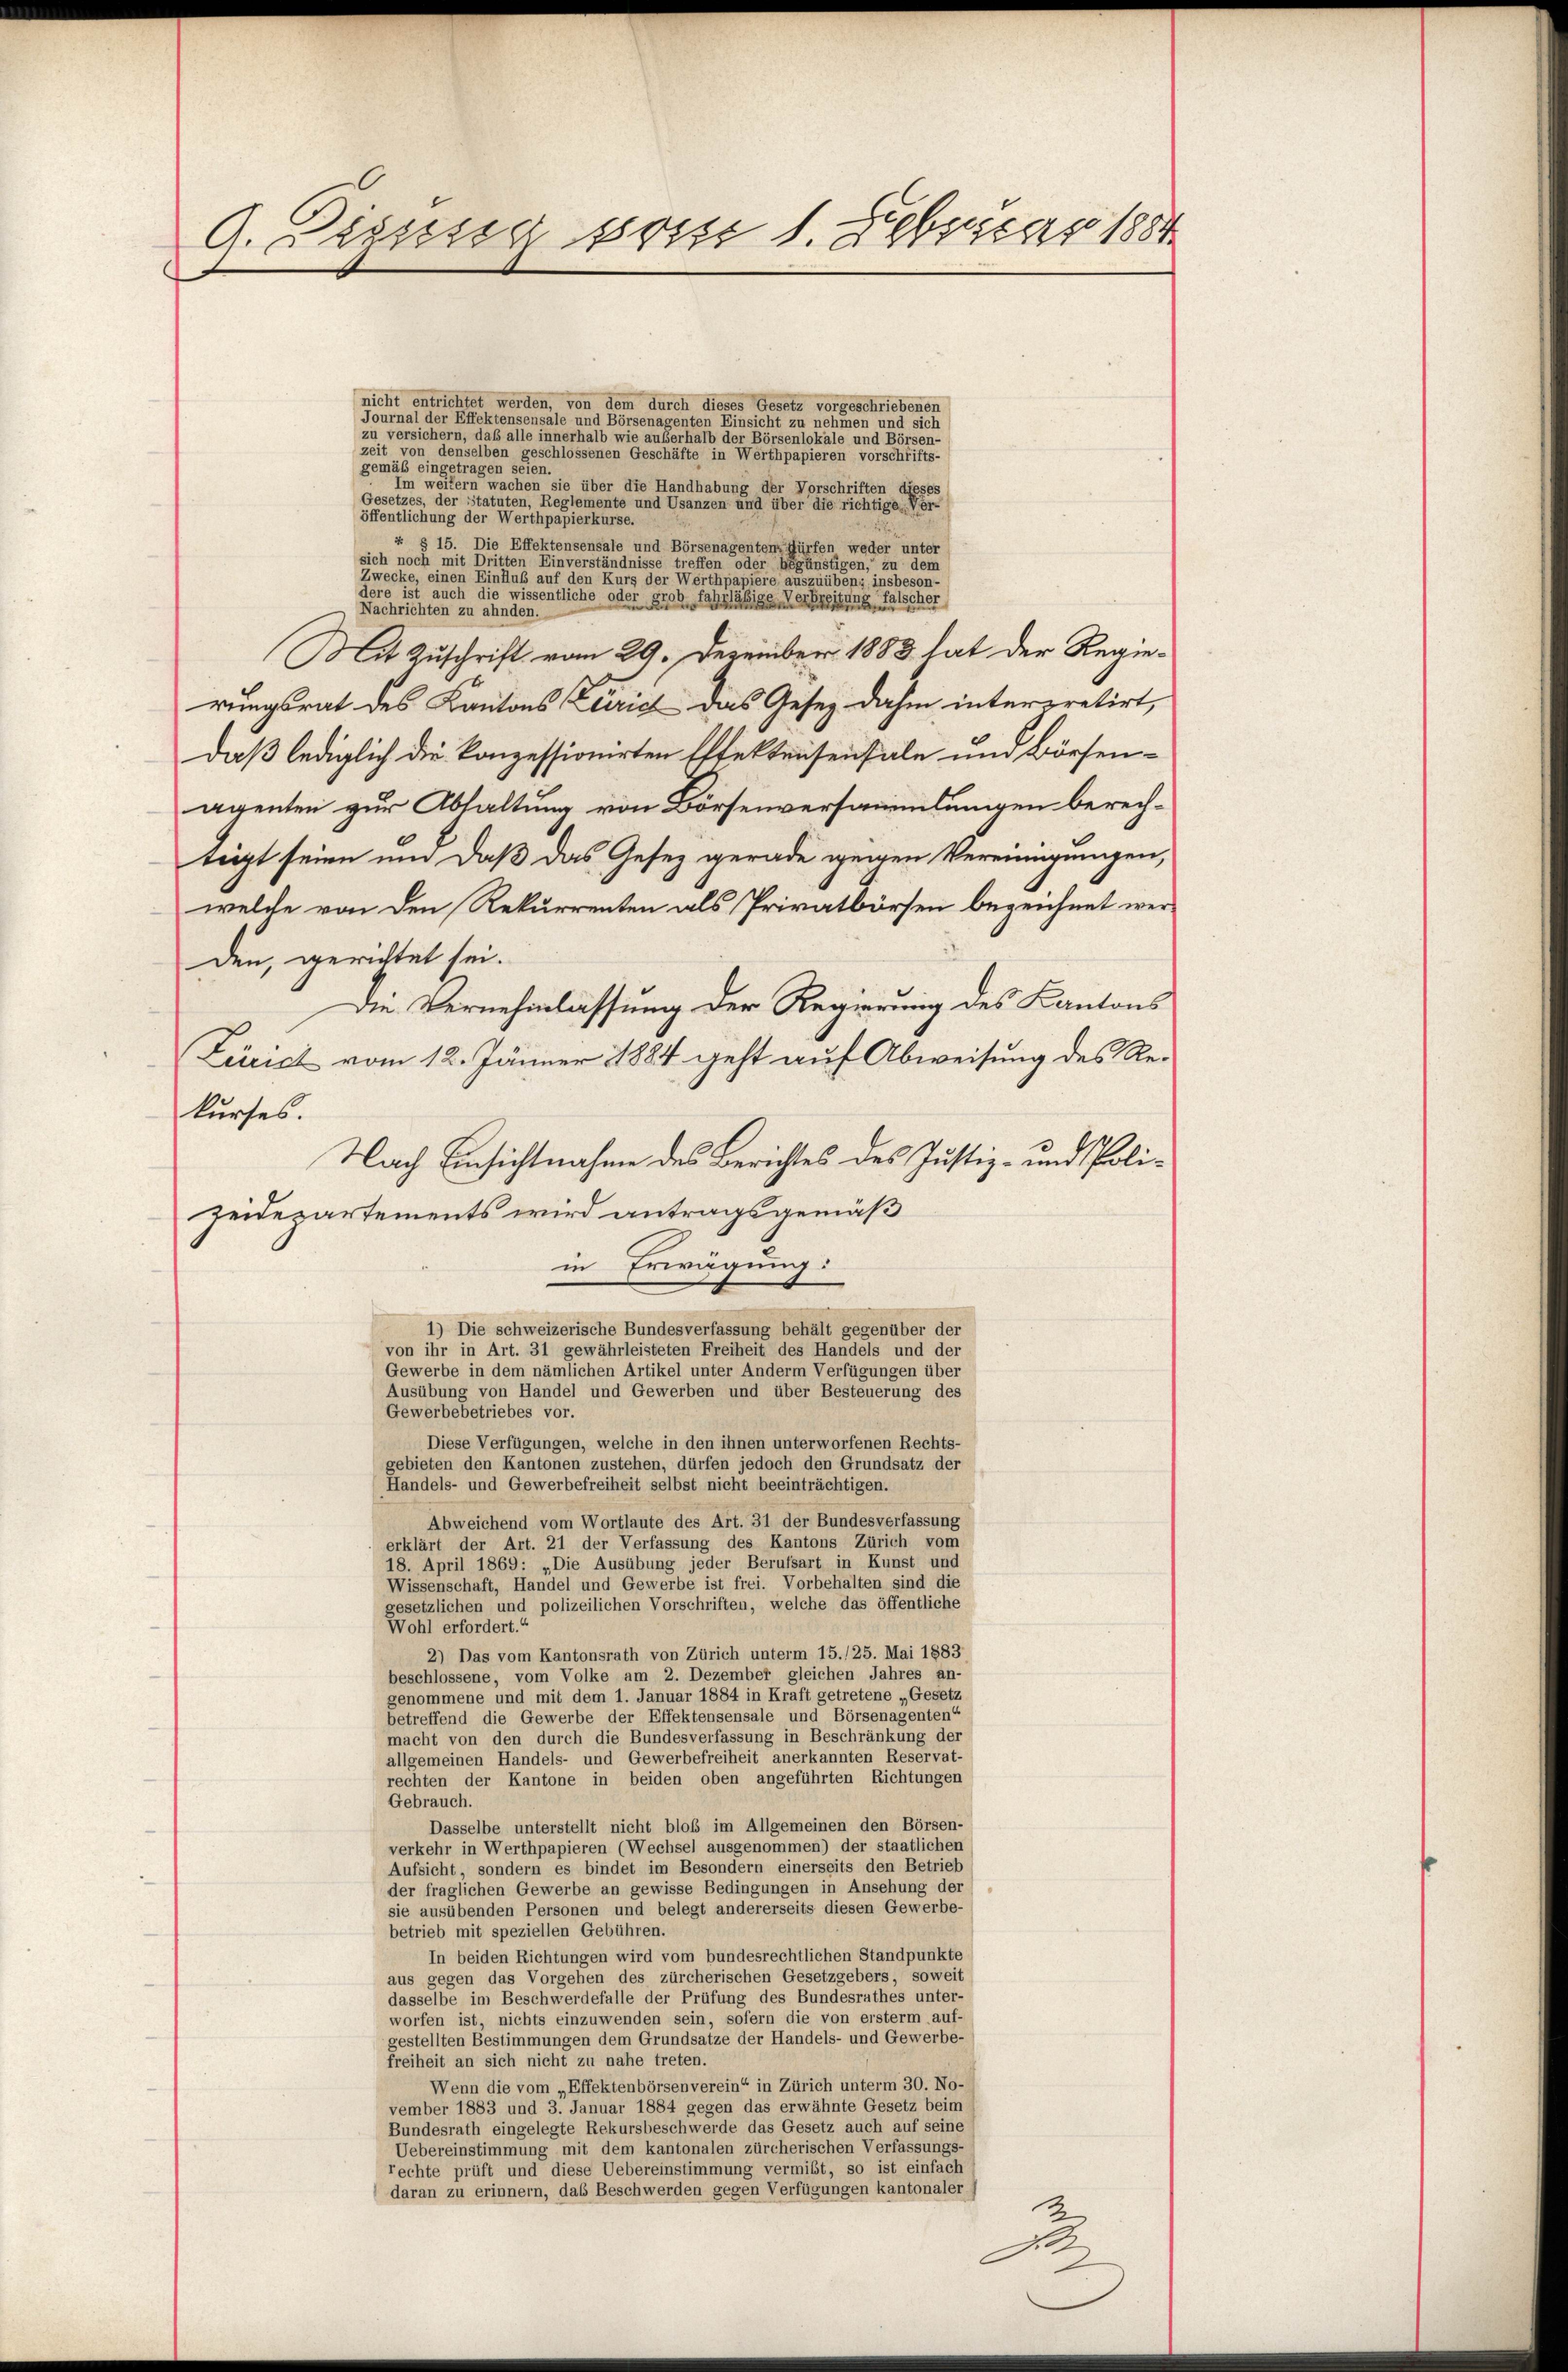
A. Diesser son 1. Februar 1884

nicht entrichtet werden, von dem durch dieses Gesetz vorgeschriebenen
Journal der Effektensensale und Börsenagenten Einsicht zu nehmen und sich
u versichern, daß alle innerhalb wie außerhalb der Börsenlokale und Börsen-
zeit von denselben geschlossenen Geschäfte in Werthpapieren vorschrifts-
gemäß eingetragen seien.
Im weitern wachen sie über die Handhabung der Vorschriften diese
Gesetzes, der Statuten, Reglemente und Usanzen und über die richtige, Ver-
öffentlichung der Werthpapierkurse.
4 § 15. Die Effektensensale und Börsenagentenzfürfen weder unter
sich noch mit Dritten Einverständnisse treffen oder begünstigen, zu dem
Zwecke, einen Einfluß auf den Kurs der Werthpapiere auszuüben; insbeson-
dere ist auch die wissentliche oder grob fahrläßige Verbreitung falscher
Nachrichten zu ahnden.
Mit Zuschrift vom 29. Dezember 1883 hat der Regierungsrat des Kantons Zürich das Geser dahin interpretirt,
daß lediglich die konzettionirten Effektensensale und Börsenarenten zur Abhaltung von Börsenversammlungen berechtiert seinen und daß das Geser gerade wegen Vereinigungen,
welche von den Rekurrenten als Privatbörten bezeichnet werden gerichtet sei.
Die Vernehmlassung der Regierung des Kantons
Zürich vom 12. Jänner 1884 geht auf Abweisung des Rekurses.
Nach Einsichtnahme des Berichtes des Justiz- und Polizeidepartements wird antragsgemäß
in Erwägung:
1) Die schweizerische Bundesverfassung behält gegenüber der
von ihr in Art. 31 gewährleisteten Freiheit des Handels und der
Gewerbe in dem nämlichen Artikel unter Anderm Verfügungen über
Ausübung von Handel und Gewerben und über Besteuerung des
Gewerbebetriebes vor.
Diese Verfügungen, welche in den ihnen unterworfenen Rechts-
gebieten den Kantonen zustehen, dürfen jedoch den Grundsatz der
Handels- und Gewerbefreiheit selbst nicht beeinträchtigen.
Abweichend vom Wortlaute des Art. 31 der Bundesverfassung
erklärt der Art. 21 der Verfassung des Kantons Zürich vom
18. April 1869: „Die Ausübung jeder Berufsart in Kunst und
Wissenschaft, Handel und Gewerbe ist frei. Vorbehalten sind die
gesetzlichen und polizeilichen Vorschriften, welche das öffentliche
Wohl erfordert.“
2) Das vom Kantonsrath von Zürich unterm 15./25. Mai 1883
beschlossene, vom Volke am 2. Dezember gleichen Jahres an-
genommene und mit dem 1. Januar 1884 in Kraft getretene „Gesetz
betreffend die Gewerbe der Effektensensale und Börsenagenten“
macht von den durch die Bundesverfassung in Beschränkung der
allgemeinen Handels- und Gewerbefreiheit anerkannten Reservat-
rechten der Kantone in beiden oben angeführten Richtungen
Gebrauch.
Dasselbe unterstellt nicht bloß im Allgemeinen den Börsen-
verkehr in Werthpapieren (Wechsel ausgenommen) der staatlichen
Aufsicht, sondern es bindet im Besondern einerseits den Betrieb
der fraglichen Gewerbe an gewisse Bedingungen in Ansehung der
sie ausübenden Personen und belegt andererseits diesen Gewerbe-
betrieb mit speziellen Gebühren.
In beiden Richtungen wird vom bundesrechtlichen Standpunkte
aus gegen das Vorgehen des zürcherischen Gesetzgebers, soweit
dasselbe im Beschwerdefalle der Prüfung des Bundesrathes unter-
worfen ist, nichts einzuwenden sein, sofern die von ersterm auf-
gestellten Bestimmungen dem Grundsätze der Handels- und Gewerbe-
freiheit an sich nicht zu nahe treten.
Wenn die vom „Effektenbörsenverein“ in Zürich unterm 30. No-
vember 1883 und 3. Januar 1884 gegen das erwähnte Gesetz beim
Bundesrath eingelegte Rekursbeschwerde das Gesetz auch auf seine
Uebereinstimmung mit dem kantonalen zürcherischen Verfassungs-
rechte prüft und diese Uebereinstimmung vermißt, so ist einfach
daran zu erinnern, das Beschwerden gegen Verfügungen kantonaler

1